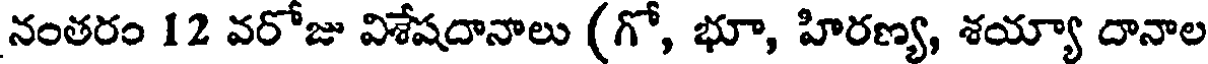
నంతరం 12 వరోజు విశేషదానాలు (గో, భూ, హిరణ్య, శయ్యా దానాల